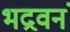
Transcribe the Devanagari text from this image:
भद्रवनं